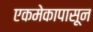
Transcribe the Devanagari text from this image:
एकमेकापासून